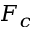
F _ { c }